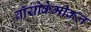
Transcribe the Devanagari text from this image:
बॉयोकेमीकल